Lunatic asylums Central Provinces reports 1886-1894 - 1886-1894
Year: 1886
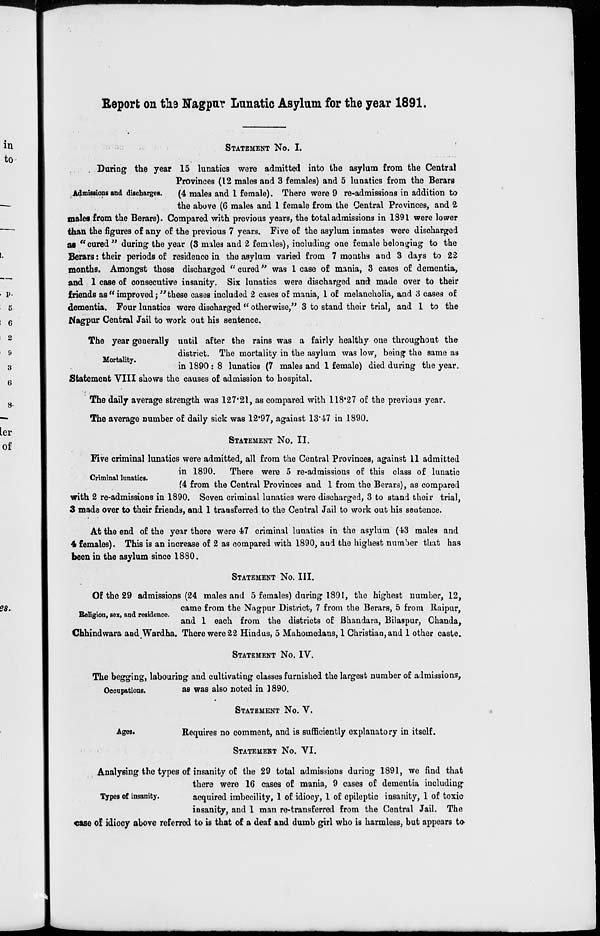
Report on the Nagpur Lunatic Asylum for the year 1891.
STATEMENT No. I.
Admissions and discharges.
During the year 15 lunatics were admitted into the asylum from the Central
Provinces (12 males and 3 females) and 5 lunatics from the Berars
(4 males and 1 female). There were 9 re-admissions in addition to
the above (6 males and 1 female from the Central Provinces, and 2
males from the Berars). Compared with previous years, the total admissions in 1891 were lower
than the figures of any of the previous 7 years. Five of the asylum inmates were discharged
as "cured" during the year (3 males and 2 females), including one female belonging to the
Berars: their periods of residence in the asylum varied from 7 months and 3 days to 22
months. Amongst those discharged "cured" was 1 case of mania, 3 cases of dementia,
and 1 case of consecutive insanity. Six lunatics were discharged and made over to their
friends as "improved;" these cases included 2 cases of mania, 1 of melancholia, and 3 cases of
dementia. Four lunatics were discharged " otherwise," 3 to stand their trial, and 1 to the
Nagpur Central Jail to work out his sentence.
Mortality.
The year generally until after the rains was a fairly healthy one throughout the
district. The mortality in the asylum was low, being the same as
in 1890 : 8 lunatics (7 males and 1 female) died during the year.
Statement VIII shows the causes of admission to hospital.
The daily average strength was 127.21, as compared with 118.27 of the previous year.
The average number of daily sick was 12.97, against 13.47 in 1890.
STATEMENT No. II.
Criminal lunatics.
Five criminal lunatics were admitted, all from the Central Provinces, against 11 admitted
in 1890. There were 5 re-admissions of this class of lunatic
(4 from the Central Provinces and 1 from the Berars), as compared
with 2 re-admissions in 1890. Seven criminal lunatics were discharged, 3 to stand their trial,
3 made over to their friends, and 1 transferred to the Central Jail to work out his sentence.
At the end of the year there were 47 criminal lunatics in the asylum (43 males and
4 females). This is an increase of 2 as compared with 1890, and the highest number that has
been in the asylum since 1880.
STATEMENT No. III.
Religion, sex, and residence.
Of the 29 admissions (24 males and 5 females) during 1891, the highest number, 12,
came from the Nagpur District, 7 from the Berars, 5 from Raipur,
and 1 each from the districts of Bhandara, Bilaspur, Chanda,
Chhindwara and Wardha. There were 22 Hindus, 5 Mahomedans, 1 Christian, and 1 other caste.
STATEMENT No. IV.
Occupations.
The begging, labouring and cultivating classes furnished the largest number of admissions,
as was also noted in 1890.
STATEMENT No. V.
Ages.
Requires no comment, and is sufficiently explanatory in itself.
STATEMENT No. VI.
Types of insanity.
Analysing the types of insanity of the 29 total admissions during 1891, we find that
there were 16 cases of mania, 9 cases of dementia including
acquired imbecility, 1 of idiocy, 1 of epileptic insanity, 1 of toxic
insanity, and 1 man re-transferred from the Central Jail. The
case of idiocy above referred to is that of a deaf and dumb girl who is harmless, but appears to